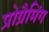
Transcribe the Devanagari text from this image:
प्रोग्रैमिंग